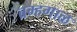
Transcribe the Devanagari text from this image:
ब्रम्हगाळ